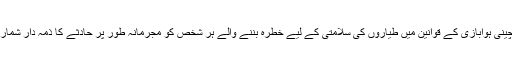
یاد رہے کہ چینی ہوابازی کے قوانین میں طیاروں کی سلامتی کے لیے خطرہ بننے والے ہر شخص کو مجرمانہ طور پر حادثے کا ذمہ دار شمار کیا جاتا ہے۔